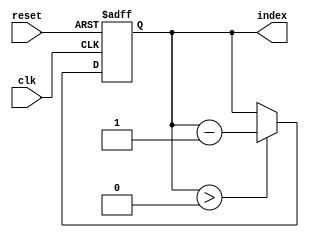
module decremental_loop(
    input wire clk,
    input wire reset,
    output reg [7:0] index
);
    
    parameter MIN_VALUE = 0;
    
    always @(posedge clk or posedge reset) begin
        if (reset) begin
            index <= 255;  // Initialize index to maximum value
        end else begin
            if (index > MIN_VALUE) begin
                index <= index - 1;  // Decrement index
                // Perform actions or operations based on index value here
            end
        end
    end
    
endmodule